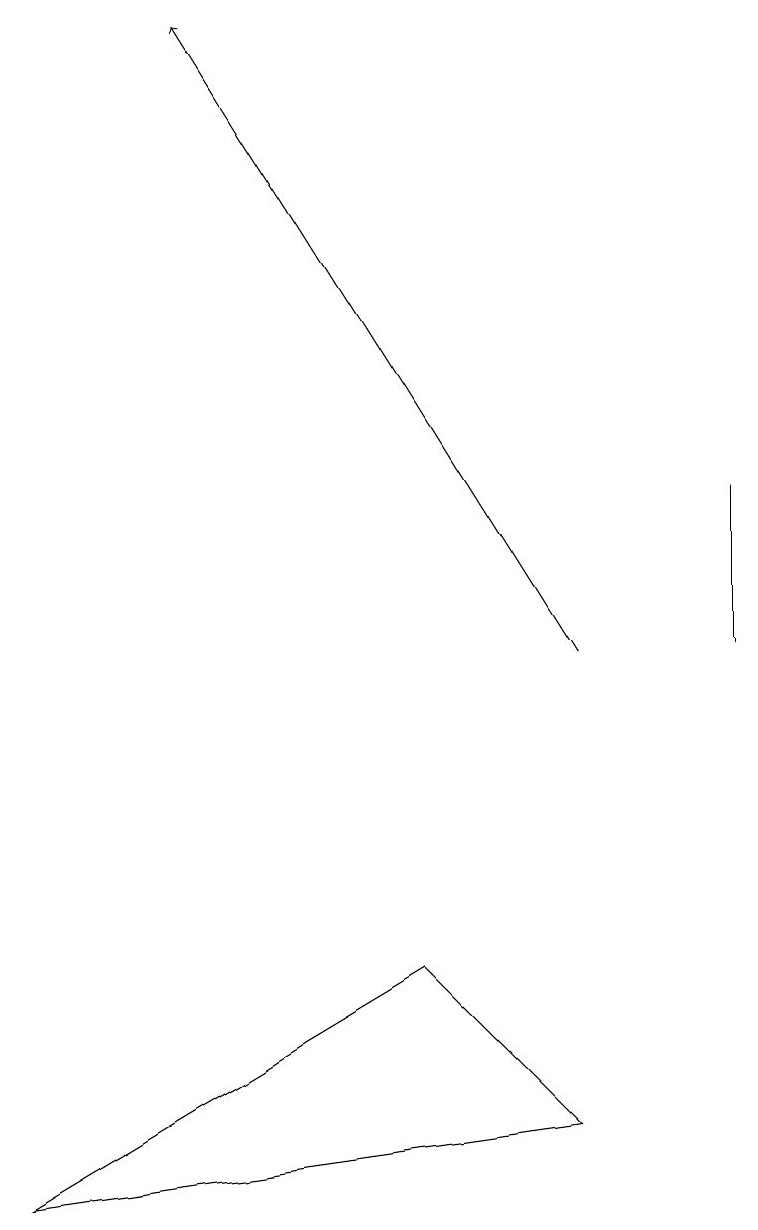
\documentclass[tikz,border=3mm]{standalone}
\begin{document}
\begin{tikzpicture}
\draw (7,4) -- (0,3) -- (5,6) -- cycle;
\draw (9,10) rectangle (9,12);
\draw[->] (7,10) -- (2,18);
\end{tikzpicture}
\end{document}